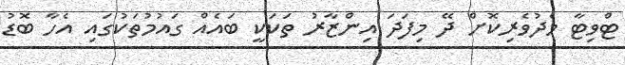
ޓްވިޓާ މެދުވެރިކޮށް ދޭ މިފަދަ އިންޒާރު ތަކަކީ ބައެއް ގައުމުތަކުގައި އެހާ ބޮޑު